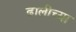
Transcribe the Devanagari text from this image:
ढालीच्या